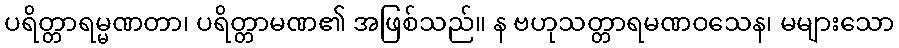
ပရိတ္တာရမ္မဏတာ၊ ပရိတ္တာမဏ၏ အဖြစ်သည်။ န ဗဟုသတ္တာရမဏဝသေန၊ မများသော